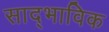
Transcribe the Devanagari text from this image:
साद्भाविक